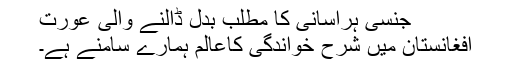
جنسی ہراسانی کا مطلب بدل ڈالنے والی عورت
افغانستان میں شرح خواندگی کاعالم ہمارے سامنے ہے۔